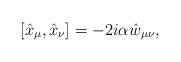
LaTeX: \begin{align*}[\hat{x}_{\mu},\hat{x}_{\nu}]=-2i\alpha\hat{w}_{\mu\nu}, \end{align*}